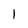
Character: 1